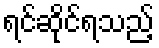
ရင်ဆိုင်ရသည့်